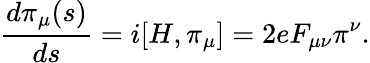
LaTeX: \frac{d\pi_{\mu}(s)}{ds}=i[H,\pi_{\mu}]=2eF_{\mu\nu}\pi^{\nu}.